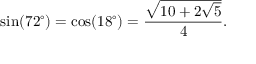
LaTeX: \sin ( 7 2 ^ { \circ } ) = \cos ( 1 8 ^ { \circ } ) = { \frac { \sqrt { 1 0 + 2 { \sqrt { 5 } } } } { 4 } } .